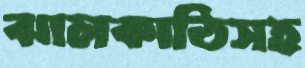
ঝালকাঠিসহ